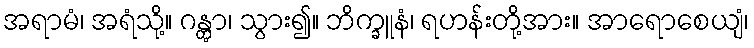
အရာမံ၊ အရံသို့။ ဂန္တွာ၊ သွား၍။ ဘိက္ခူနံ၊ ရဟန်းတို့အား။ အာရောစေယျံ၊